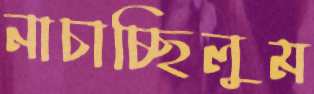
নাচাচ্ছিলুম